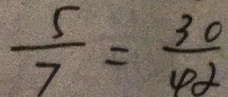
\frac { 5 } { 7 } = \frac { 3 0 } { 4 2 }